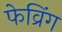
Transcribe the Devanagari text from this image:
फेव्रिंग